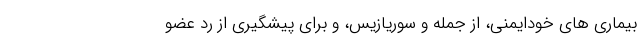
بیماری های خودایمنی، از جمله و سوریازیس، و برای پیشگیری از رد عضو